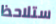
ستلاحظ